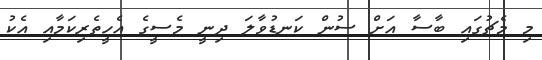
މި މެޗުގައި ބާސާ އަށް ސުން ކަނޑުވާލަ ދިނީ މެސީގެ އެހީތެރިކަމާއި އެކު